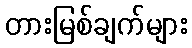
တားမြစ်ချက်များ